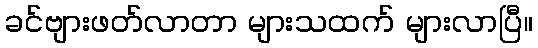
ခင်ဗျားဖတ်လာတာ များသထက် များလာပြီ။